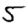
Digit: 5